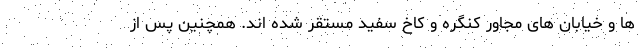
ها و خیابان های مجاور کنگره و کاخ سفید مستقر شده اند. همچنین پس از